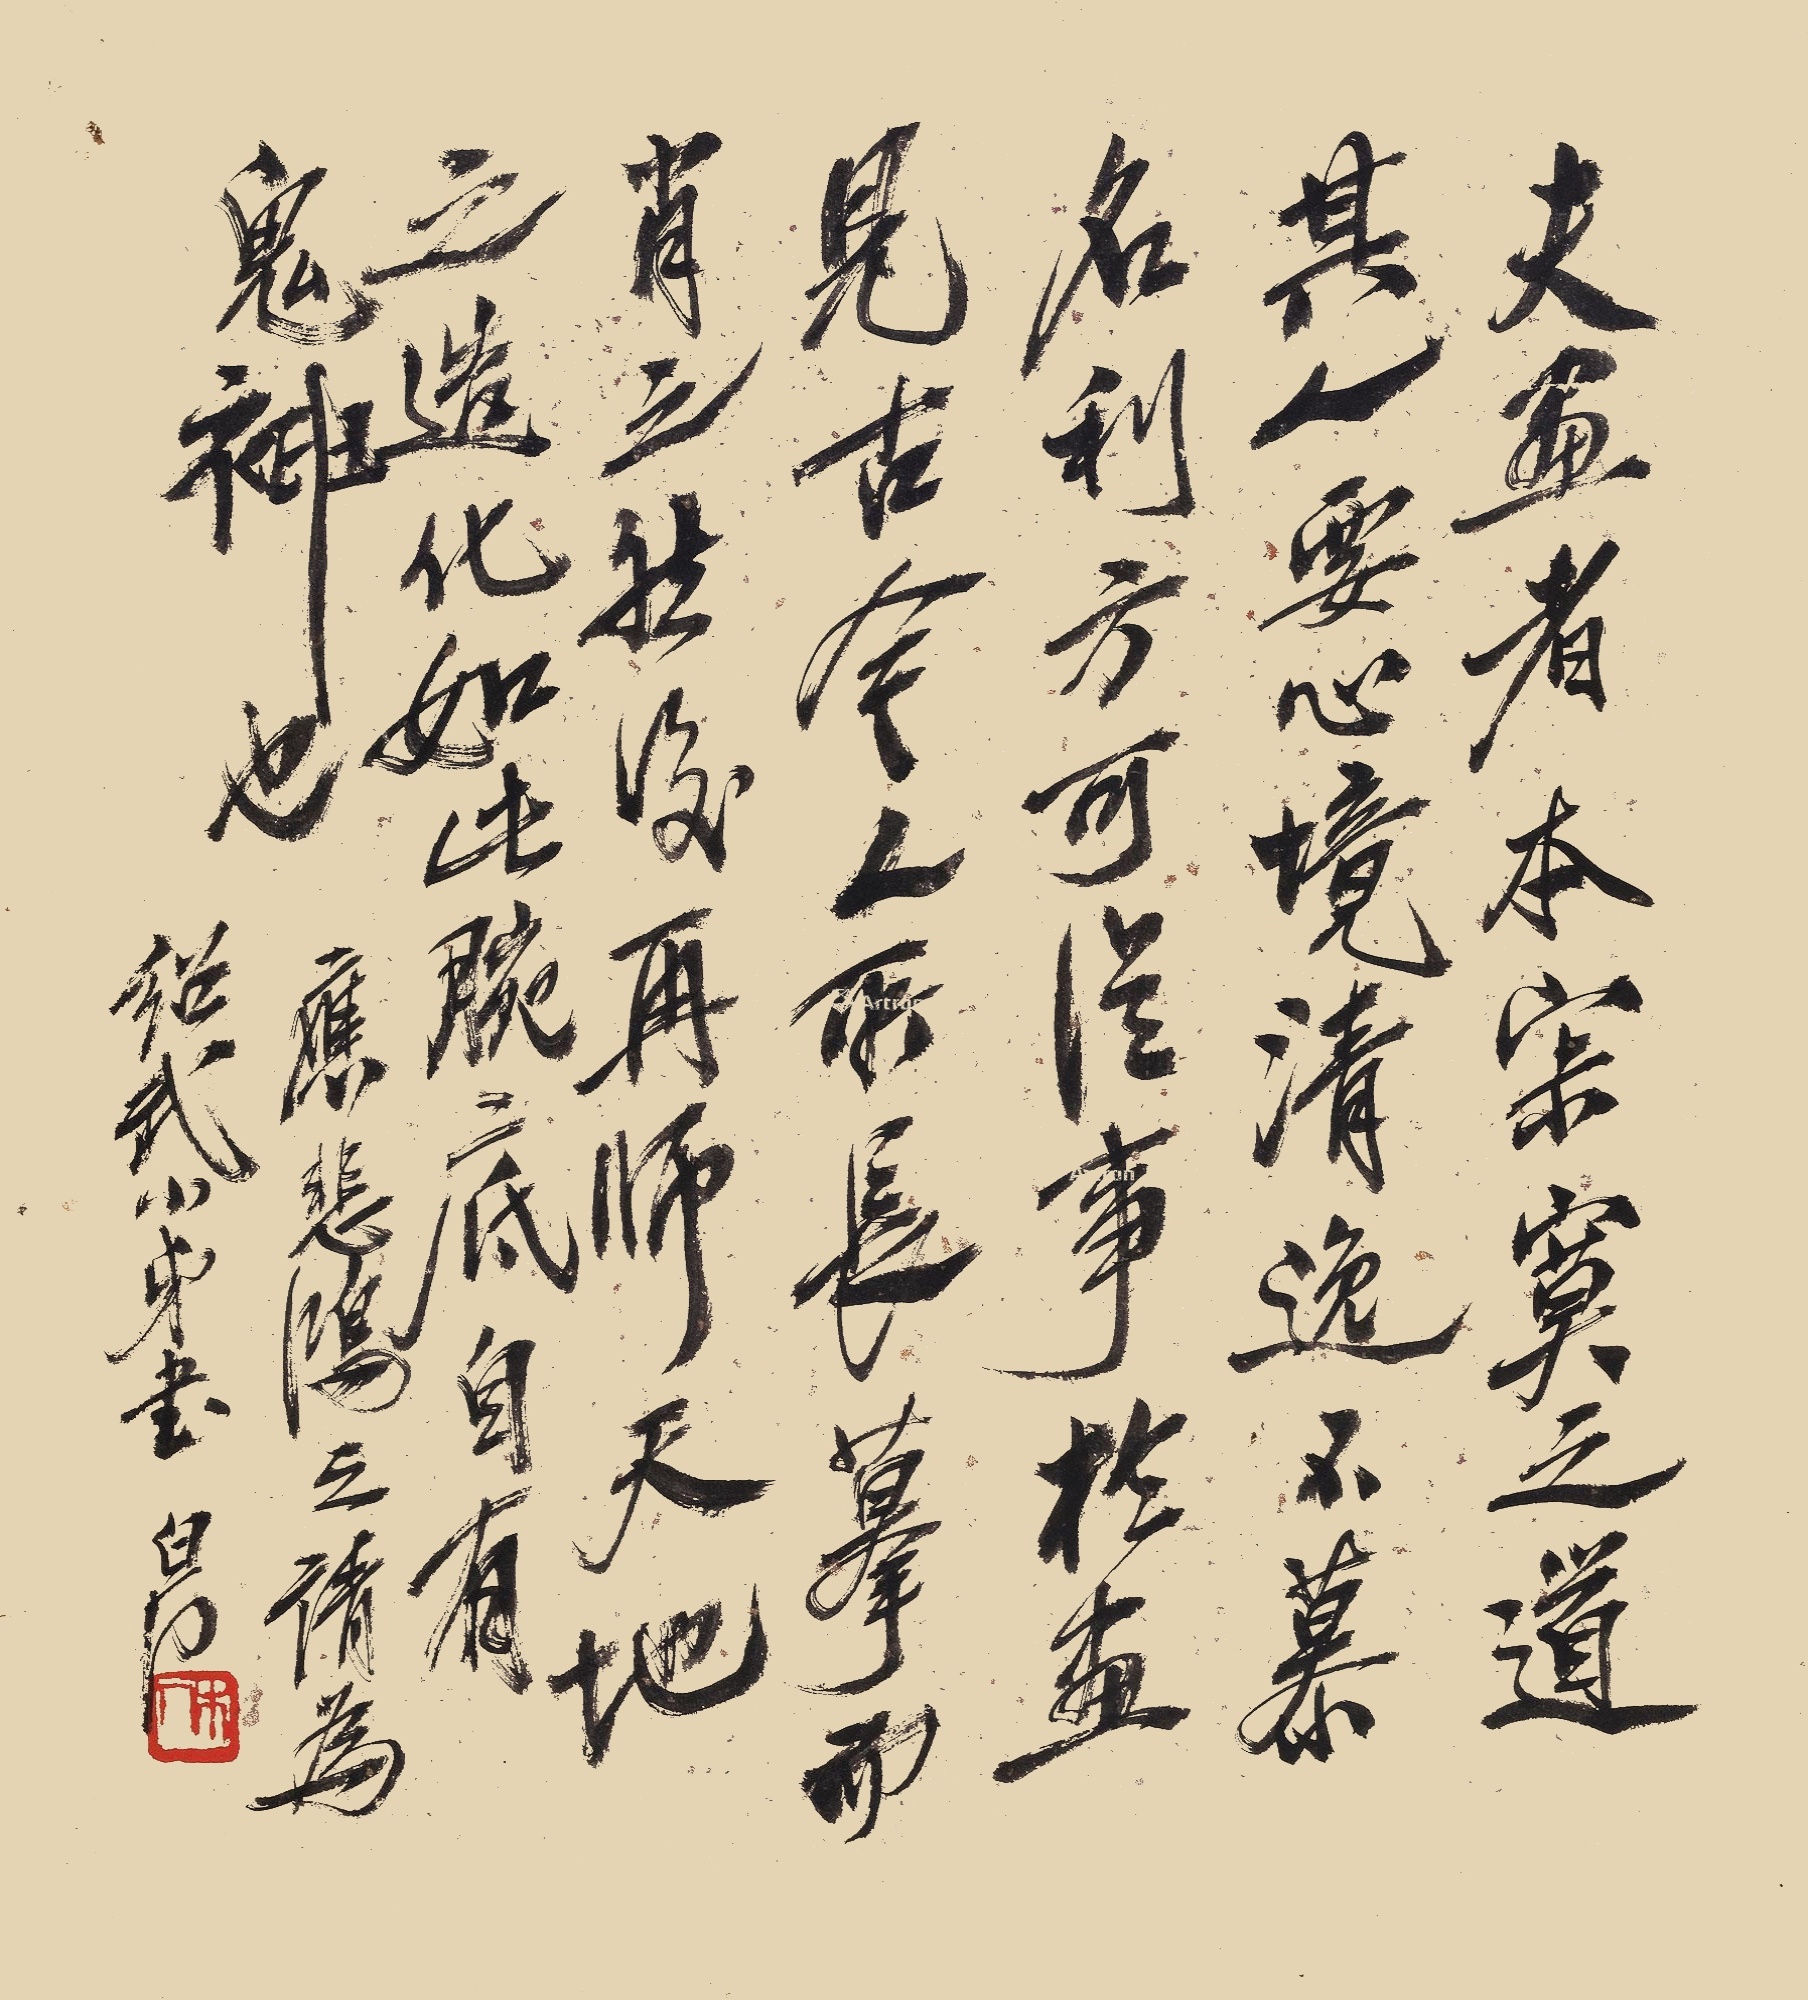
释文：夫画者，本寂寞之道。其人要心境清逸，不慕名利，方可从事于画。见古今人之所长，摹而肖之，然后再师天地之造化，如此腕底自有鬼神也。应悲鸿之清为邵武小弟书，白石。